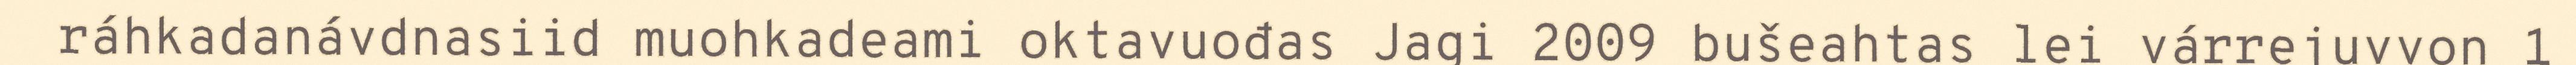
ráhkadanávdnasiid muohkadeami oktavuođas Jagi 2009 bušeahtas lei várrejuvvon 1